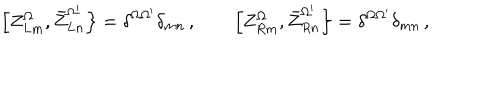
\left[ Z _ { L m } ^ { \Omega } , \bar { Z } _ { L n } ^ { \Omega ^ { \prime } } \right\} = \delta ^ { \Omega \Omega ^ { \prime } } \delta _ { m n } \, , \qquad \left[ Z _ { R m } ^ { \Omega } , \bar { Z } _ { R n } ^ { \Omega ^ { \prime } } \right\} = \delta ^ { \Omega \Omega ^ { \prime } } \delta _ { m n } \, ,